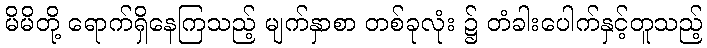
မိမိတို့ ရောက်ရှိနေကြသည့် မျက်နှာစာ တစ်ခုလုံး ၌ တံခါးပေါက်နှင့်တူသည့်